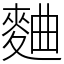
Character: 麯